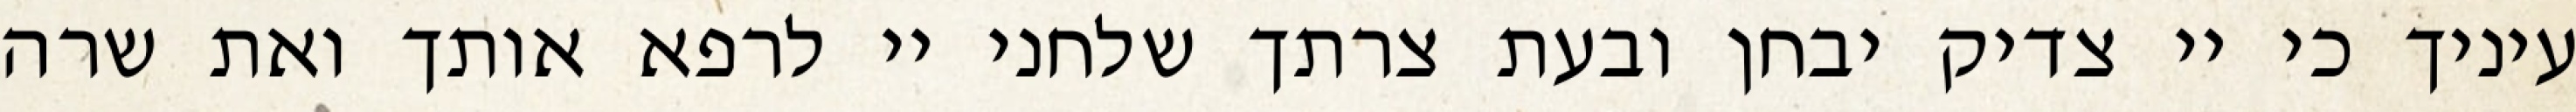
עיניך כי יי צדיק יבחן ובעת צרתך שלחני יי לרפא אותך ואת שרה